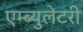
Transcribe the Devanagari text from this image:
एम्ब्युलेटरी